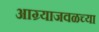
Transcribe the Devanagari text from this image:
आग्र्याजवळच्या